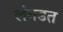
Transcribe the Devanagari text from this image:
लंगडत